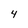
Character: 4